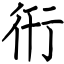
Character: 衎